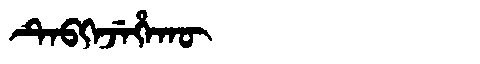
Manchu: ᡨᡝᠪᡴᡝᠵᡝᡥᠠᡴᡡ
Romanization: TEBKEJEHAKŪ